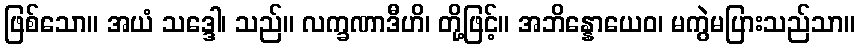
ဖြစ်သော။ အယံ သဒ္ဒေါ၊ သည်။ လက္ခဏာဒီဟိ၊ တို့ဖြင့်။ အဘိန္နောယေဝ၊ မကွဲမပြားသည်သာ။